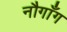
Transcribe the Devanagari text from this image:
नौगाँग